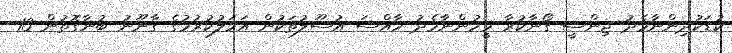
ކުޑަކުދިންނާމެދު ޖިންސީ ގޯނާކުރާ މީހުންނާމެދު ހާއްސަ އުސޫލުތަކުން އަމަލުކުރުމުގެ ގާނޫނު ބުނާގޮތުން 13